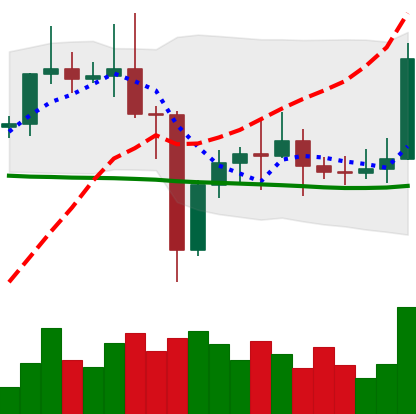
Ticker: ETC-USD
Chart end date: 2021-01-03
Forward return: 5.943%
Label: up_5_7